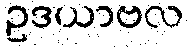
ဥဒယာဗလ